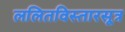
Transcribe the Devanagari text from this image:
ललितविस्तारसूत्र